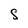
Character: S